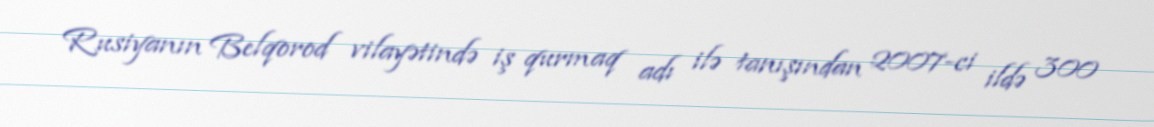
Rusiyanın Belqorod vilayətində iş qurmaq adı ilə tanışından 2007-ci ildə 300